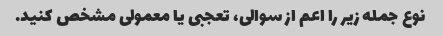
نوع جمله زیر را اعم از سوالی، تعجبی یا معمولی مشخص کنید.